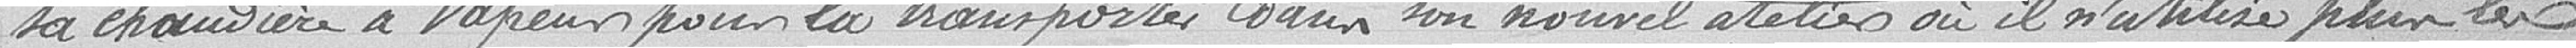
sa chaudière à vapeur pour la transporter dans son nouvel atelier où il n'utilise plus les